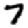
Digit: 7